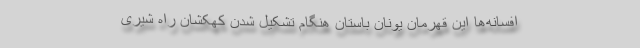
افسانه‌ها این قهرمان یونان باستان هنگام تشکیل شدن کهکشان راه شیری